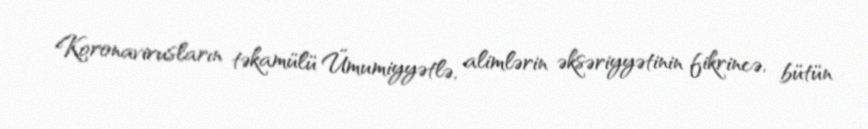
Koronavirusların təkamülü Ümumiyyətlə, alimlərin əksəriyyətinin fikrincə, bütün